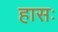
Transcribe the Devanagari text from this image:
हासः